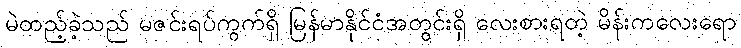
မဲထည့်ခဲ့သည် မဇင်းရပ်ကွက်ရှိ မြန်မာနိုင်ငံအတွင်းရှိ လေးစားရတဲ့ မိန်းကလေးရော